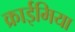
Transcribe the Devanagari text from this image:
क्राईमिया